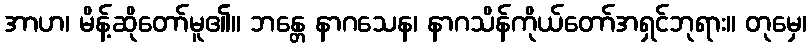
အာဟ၊ မိန့်ဆိုတော်မူ၏။ ဘန္တေ နာဂသေန၊ နာဂသိန်ကိုယ်တော်အရှင်ဘုရား။ တုမှေ၊